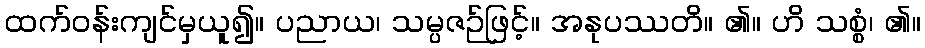
ထက်ဝန်းကျင်မှယူ၍။ ပညာယ၊ သမ္ပဇဉ်ဖြင့်။ အနုပဿတိ။ ၏။ ဟိ သစ္စံ၊ ၏။